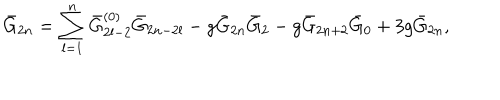
\bar { G } _ { 2 n } = \sum _ { l = 1 } ^ { n } \bar { G } _ { 2 l - 2 } ^ { ( 0 ) } \bar { G } _ { 2 n - 2 l } - g \bar { G } _ { 2 n } \bar { G } _ { 2 } - g \bar { G } _ { 2 n + 2 } \bar { G } _ { 0 } + 3 g \bar { G } _ { 2 n } ,